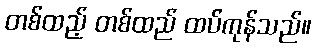
တစ်ထည့် တစ်ထည် ထပ်ကုန်သည်။